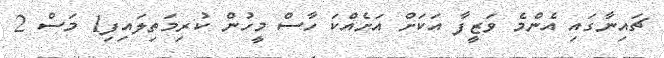
ޗައިނާގައި އެންމެ ވަޒީފާ އަކަށް އަށެއްކަ ހާސް މީހުން ކުރިމަތިލައިފި1 މަސް 2